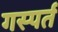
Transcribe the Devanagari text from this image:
गस्पर्त